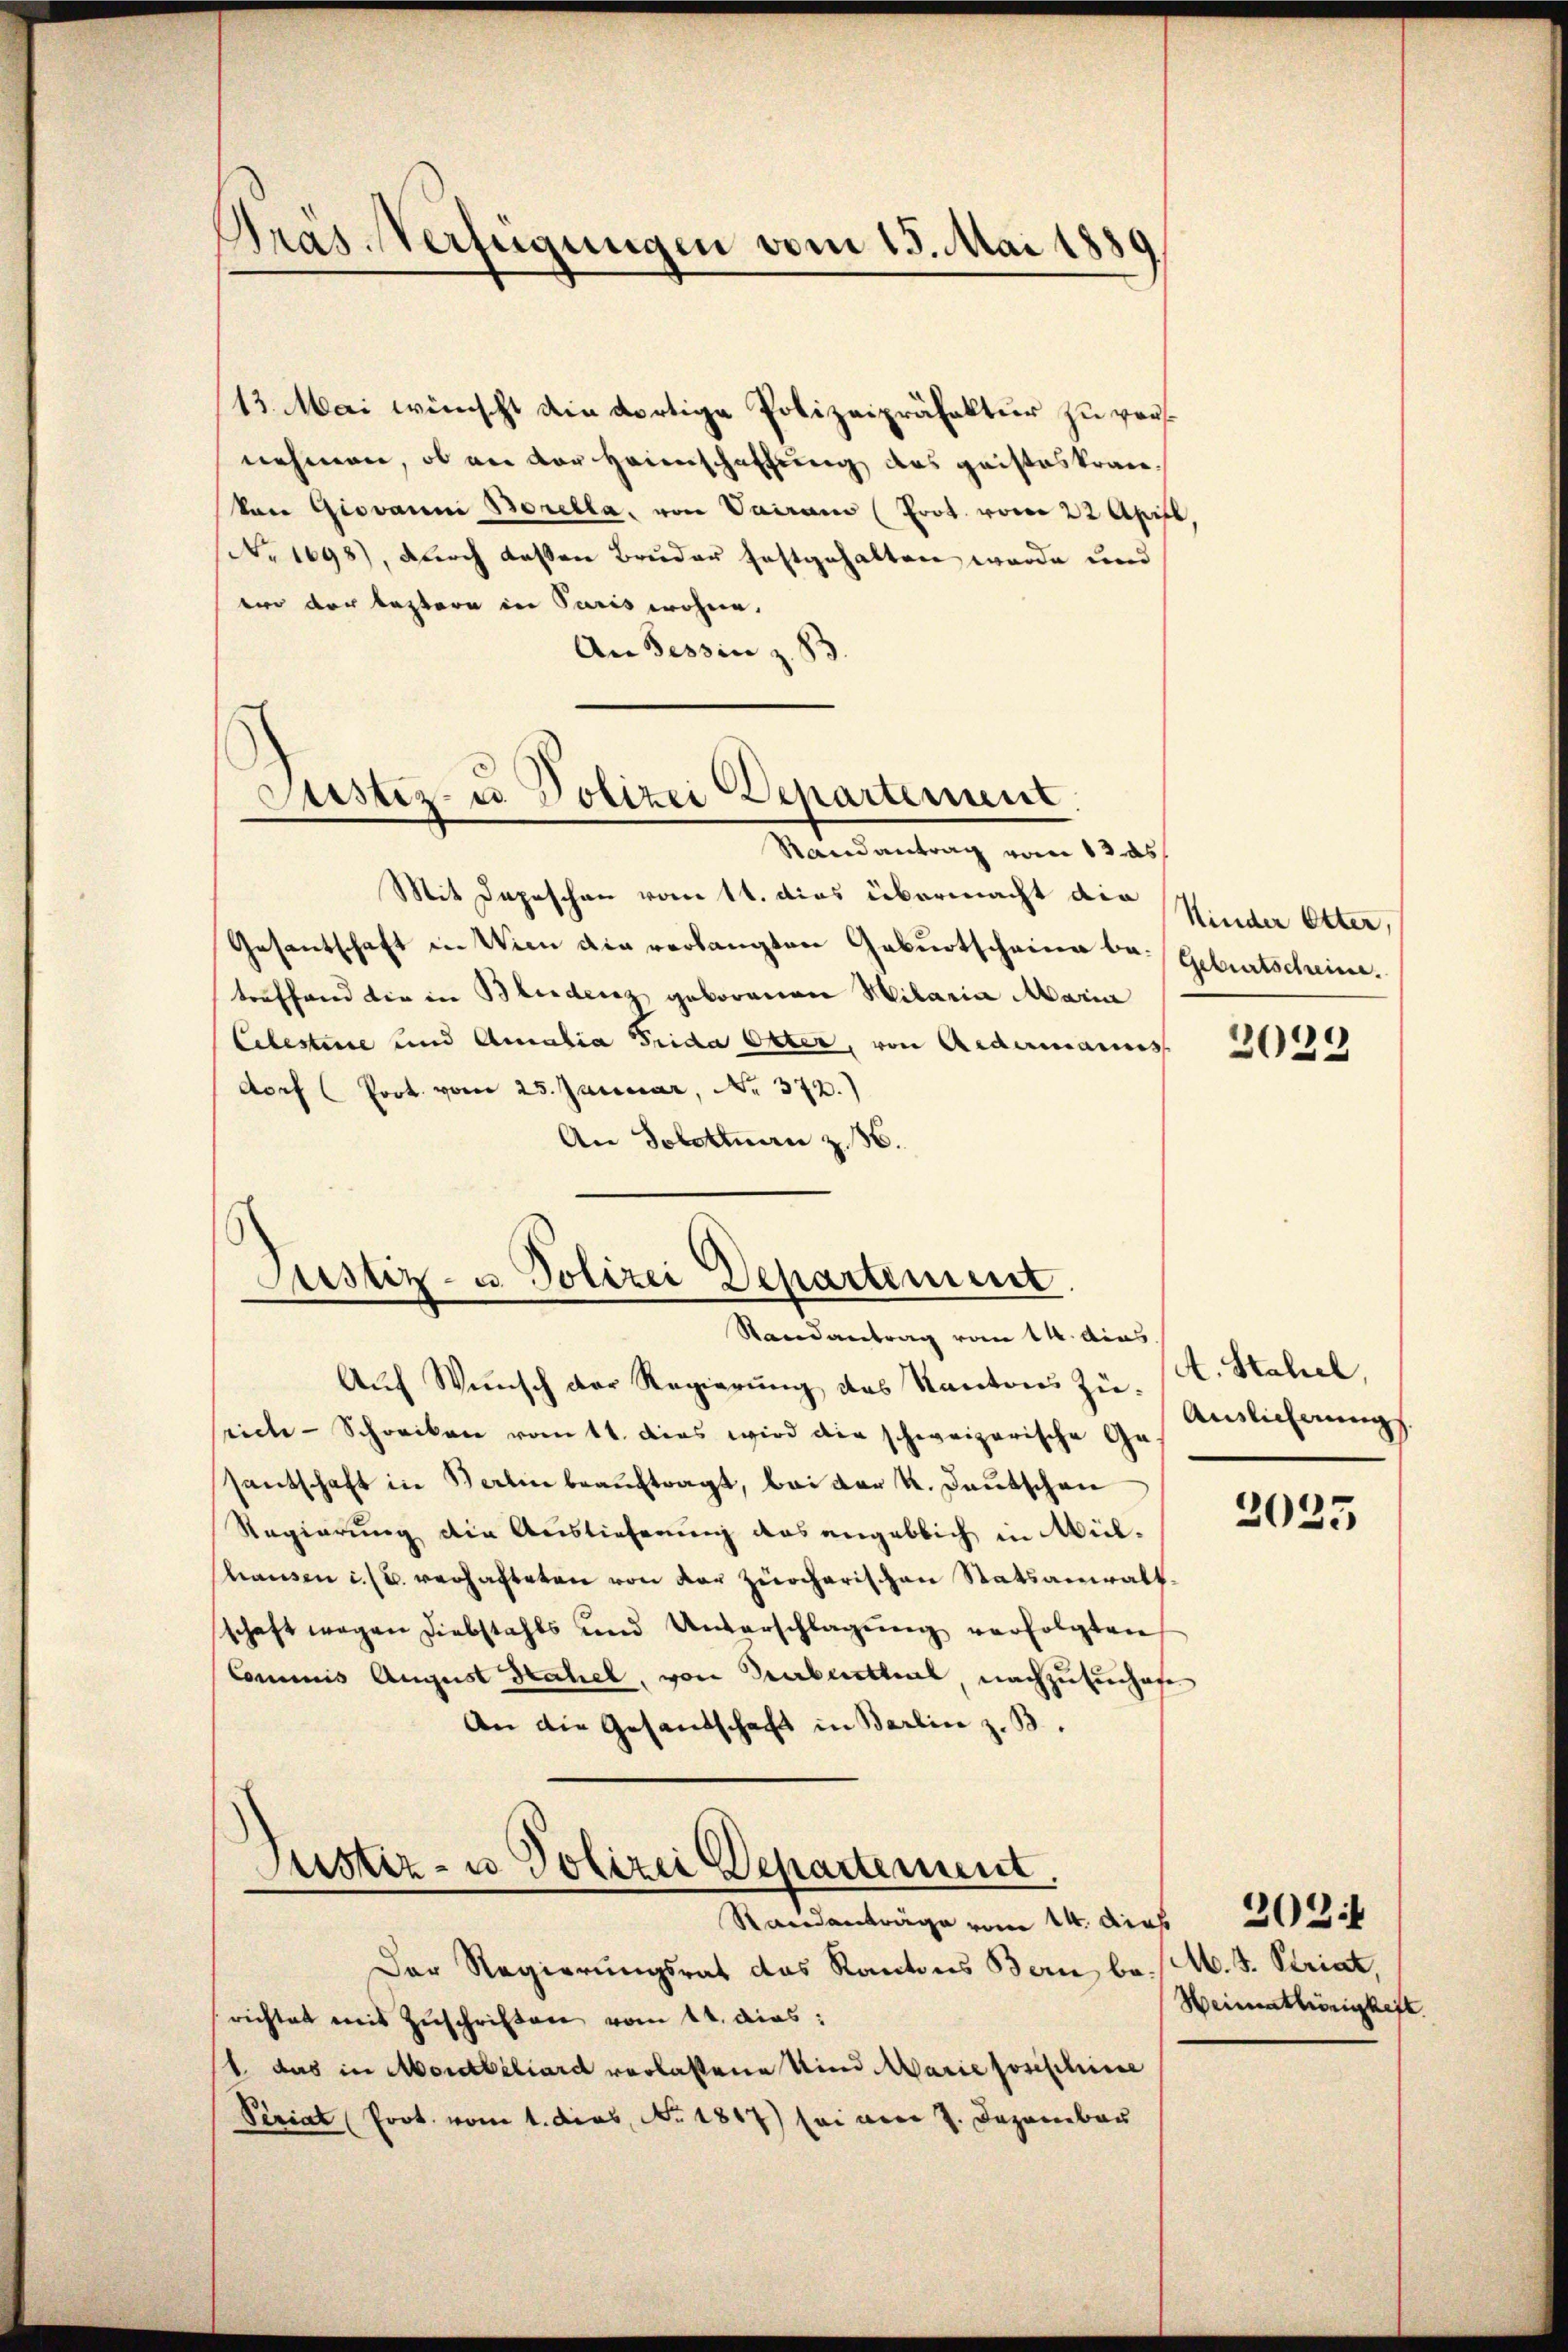
Präs. Verfügungen vom 15. Mai 1889

13. Mai wünscht die dortige Polizeipräfektur zu versnehmen, ob an der Heimschaffung des geisteskranvon Giovanni Borella, von Vairamo (Prot. vom 22 April
(Nr. 1698), durch dessen Bruder festgehalten wurde und
ere der leztere in Paris wohne.
An Tessin z. B.

Justiz- u. Polizei Departement

Justiz- u. Polizei Departement.
Randantrag vom 14. das

Randantrag vom 13. ds.
Mit Depeschen vom 11. dies übermacht der Kinder Otter,
Gesantschaft in Wien die verlangten Geburtscheine be- Geburtscheine
treffend die in Beidenz geborenen Mitaria Maria
Celesteise und Amalia Frida Otter, von Andermanns
dorf (Prot. vom 25. Januar, No. 372.)
An Solottan z. B.

Justiz- u Polizei Departement.
Standanträge vom 14. dies

Auf Wunsch der Regierung des Kantons zu. A. Stahel,
rich-Schreiben vom 11. dies wird die schweizerische Ges Auslicherungs
santschaft in Berlin beauftragt, bei der K. Deutschen
Regierung die Auslieferung das angeblich in Mülhausen i. u. verhafteten von der zürcherischen Statsanwalt
schaft wegen Diebstahls und Unterschlagŭng verfolgten
Commis August Stahel, von Turbenthal, nachzusuchten
An die Gesandschaft in Barlin z. B.

Der Regierungsrat das Kantons Bern, ba. /M. J. Striat,
richtet mit Zŭschriften vom 11. dies:
1. das in Mordbiliard verlassene Kind Marie posischine
Periat (Prot. vom 1. dies, No. 1817) sei vom 7. Dezember

2029

2025

2031
Heimathörigkeit.